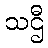
သဌီ